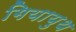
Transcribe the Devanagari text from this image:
गियायुथ